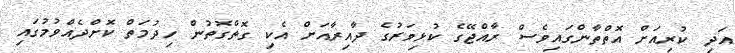
އަދި ކުރިއަށް އޮތްތާންގައިވެސް ރާއްޖޭގެ ކުޅިވަރުގެ ދާއިރާއަށް އެކި ގޮތްގޮތުން ހިދުމަތް ކޮށްދެއްވުމުގައި